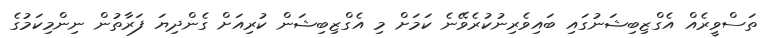
ތަސްވީރެއް އެގްޒިބިޝަނުގައި ބައިވެރިނުކުރެވޭނެ ކަމަށް މި އެގްޒިބިޝަން ކުރިއަށް ގެންދިޔަ ފަރާތުން ނިންމިކަމުގެ